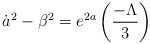
\begin{align*}{\dot a}^{2} - {\beta}^{2} = e^{2a}\left(\frac{-\Lambda}{3}\right)\end{align*}